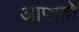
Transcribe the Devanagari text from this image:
आफ्फ्रो